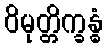
ဝိမုတ္တိက္ခန္ဓံ